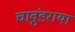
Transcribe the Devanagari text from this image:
चावुंडराया